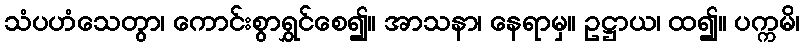
သံပဟံသေတွာ၊ ကောင်းစွာရွှင်စေ၍။ အာသနာ၊ နေရာမှ။ ဥဋ္ဌာယ၊ ထ၍။ ပက္ကမိ၊